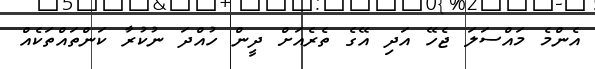
އެންމެ މައްސަލަ ޖެހޭ އަދި އޭގެ ތެރެއަށް ދީން ހުއްދަ ނުކުރާ ކަންތައްތަކެއް